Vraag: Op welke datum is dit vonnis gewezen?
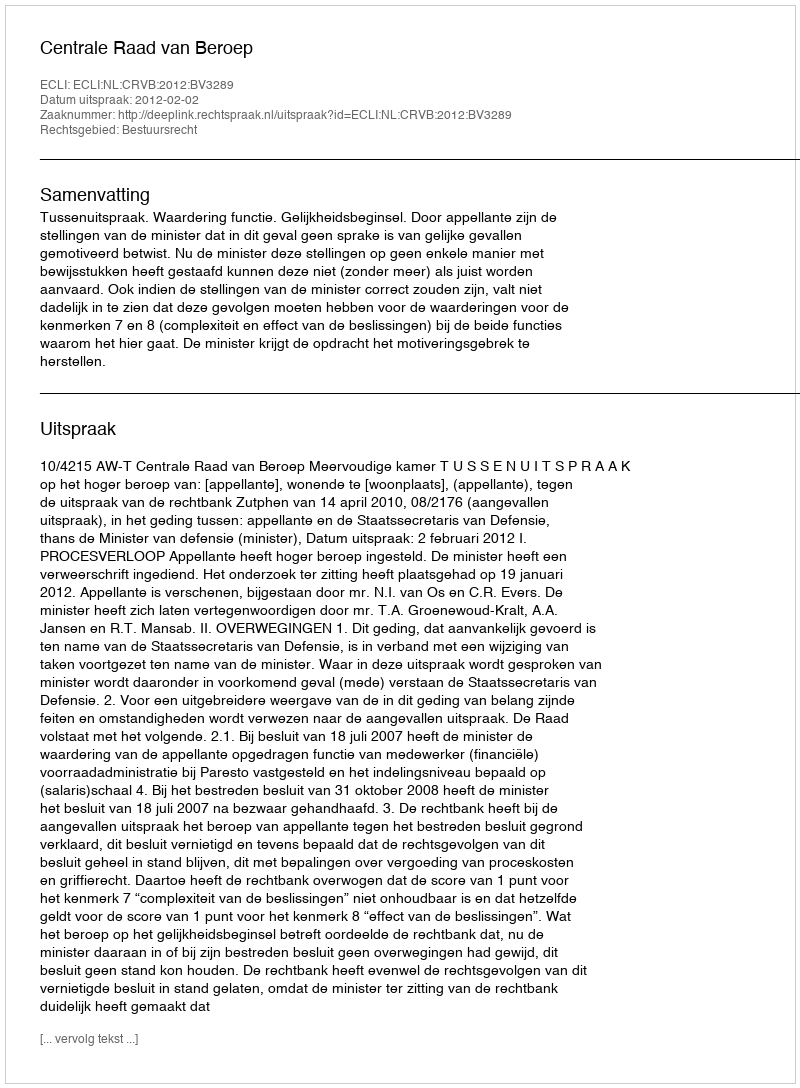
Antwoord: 2012-02-02